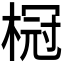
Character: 𬃧